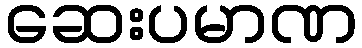
ဆေးပမာဏ